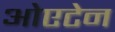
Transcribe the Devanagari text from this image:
ओएटेन